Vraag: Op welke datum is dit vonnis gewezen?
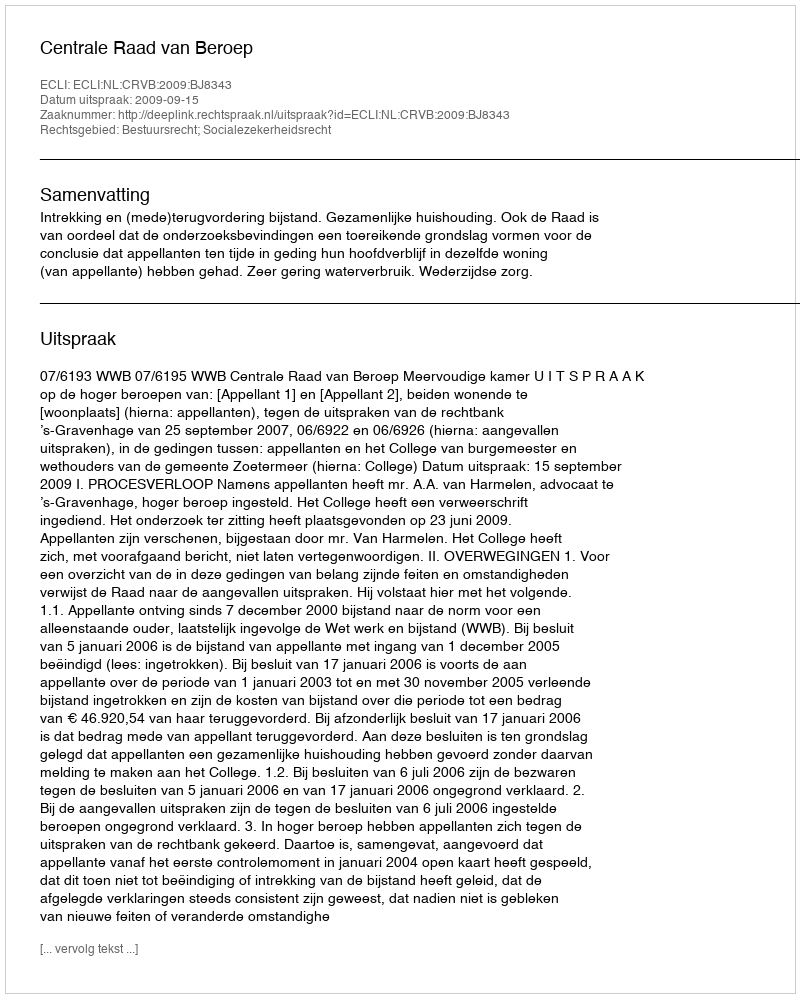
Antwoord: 2009-09-15